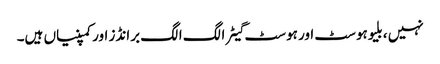
نہیں ، بلیوہوسٹ اور ہوسٹ گیٹر الگ الگ برانڈز اور کمپنیاں ہیں۔